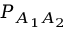
P _ { A _ { 1 } A _ { 2 } }